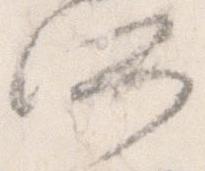
所